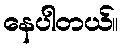
နေပါတယ်။